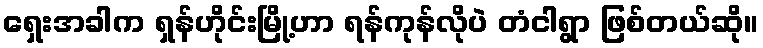
ရှေးအခါက ရှန်ဟိုင်းမြို့ဟာ ရန်ကုန်လိုပဲ တံငါရွာ ဖြစ်တယ်ဆို။